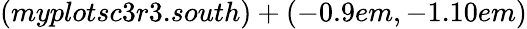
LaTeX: (myplotsc3r3.south)+(-0.9em,-1.10em)